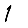
Digit: 1